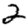
Digit: 2